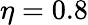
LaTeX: \eta=0.8